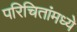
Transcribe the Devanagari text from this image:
परिचितांमध्ये